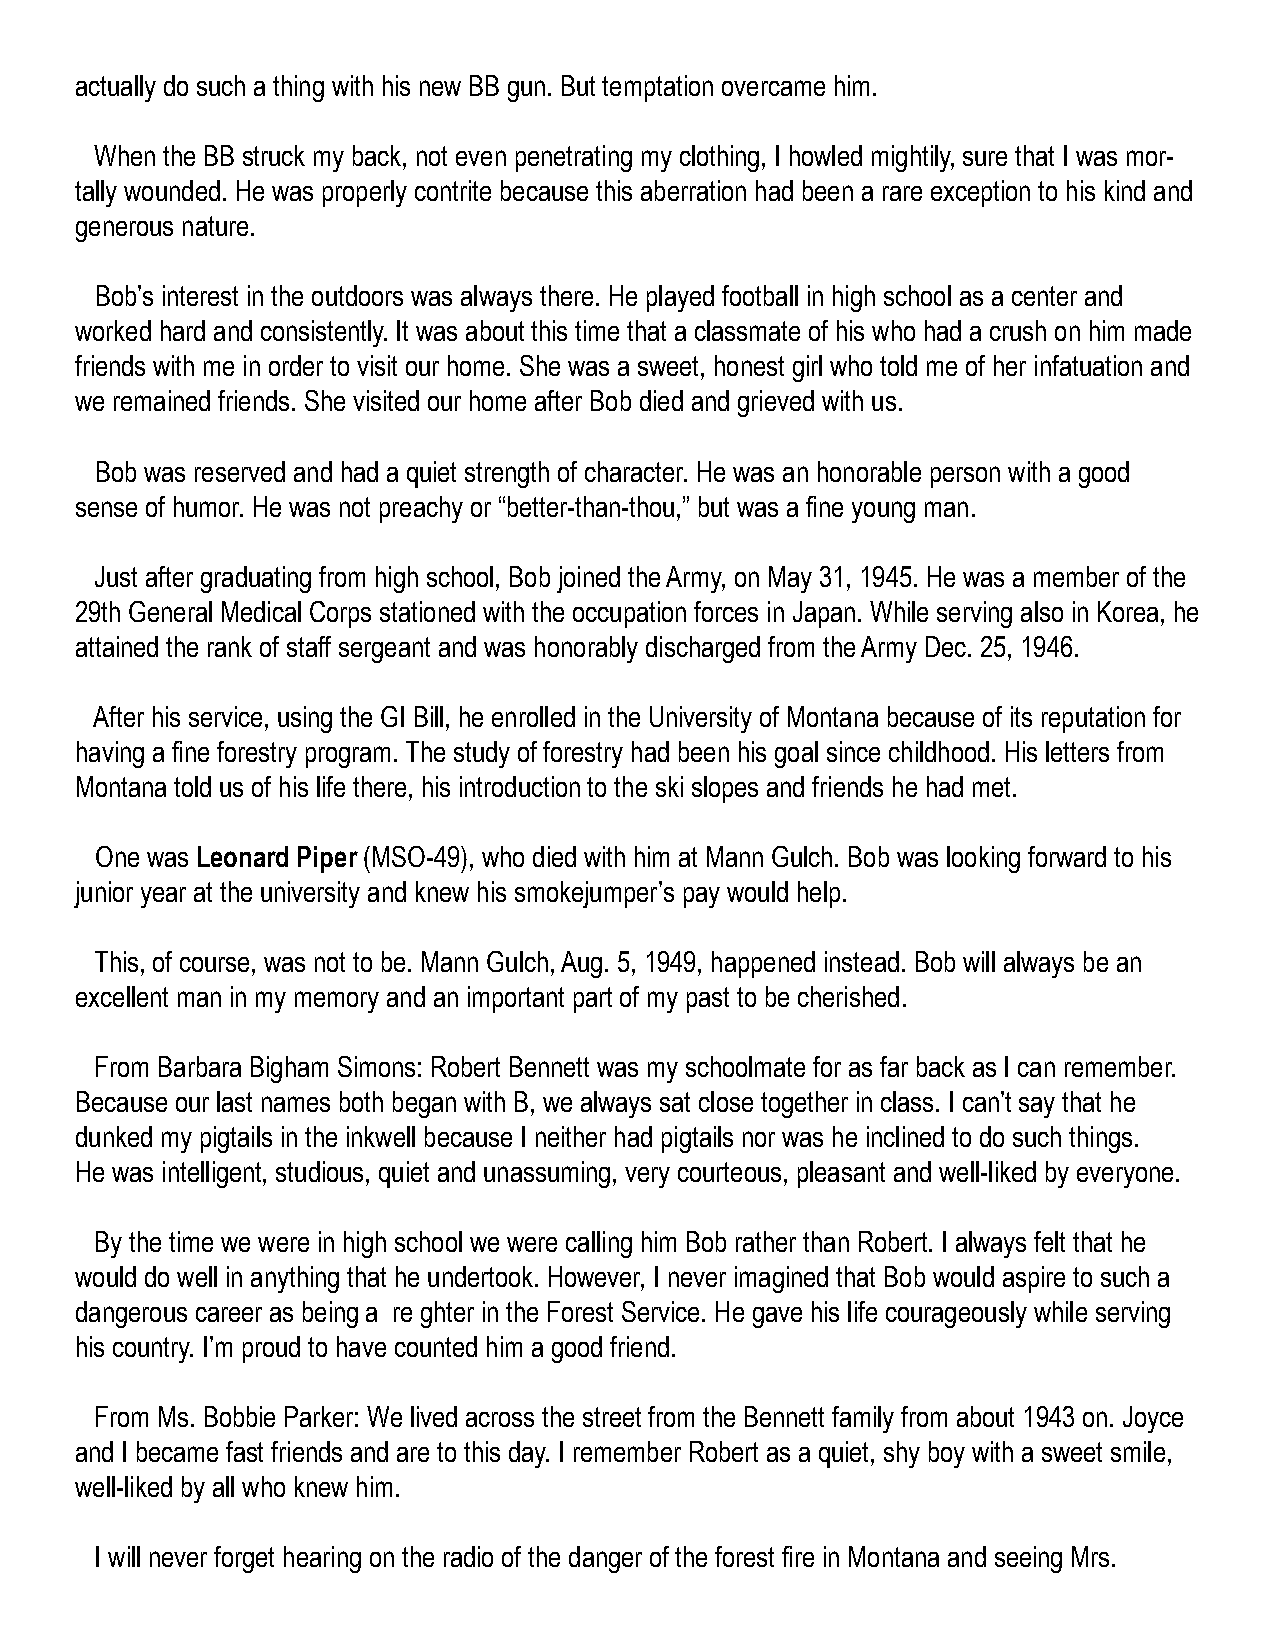
actually do such a thing with his new BB gun. But temptation overcame him.
 When the BB struck my back, not even penetrating my clothing, I howled mightily, sure that I was mor-
 tally wounded. He was properly contrite because this aberration had been a rare exception to his kind and
 generous nature.
 Bob’s interest in the outdoors was always there. He played football in high school as a center and
 worked hard and consistently. It was about this time that a classmate of his who had a crush on him made
 friends with me in order to visit our home. She was a sweet, honest girl who told me of her infatuation and
 we remained friends. She visited our home after Bob died and grieved with us.
 Bob was reserved and had a quiet strength of character. He was an honorable person with a good
 sense of humor. He was not preachy or “better-than-thou,” but was a fine young man.
 Just after graduating from high school, Bob joined the Army, on May 31, 1945. He was a member of the
 29th General Medical Corps stationed with the occupation forces in Japan. While serving also in Korea, he
 attained the rank of staff sergeant and was honorably discharged from the Army Dec. 25, 1946.
 After his service, using the GI Bill, he enrolled in the University of Montana because of its reputation for
 having a fine forestry program. The study of forestry had been his goal since childhood. His letters from
 Montana told us of his life there, his introduction to the ski slopes and friends he had met.
 One was Leonard Piper (MSO-49), who died with him at Mann Gulch. Bob was looking forward to his
 junior year at the university and knew his smokejumper’s pay would help.
 This, of course, was not to be. Mann Gulch, Aug. 5, 1949, happened instead. Bob will always be an
 excellent man in my memory and an important part of my past to be cherished.
 From Barbara Bigham Simons: Robert Bennett was my schoolmate for as far back as I can remember.
 Because our last names both began with B, we always sat close together in class. I can’t say that he
 dunked my pigtails in the inkwell because I neither had pigtails nor was he inclined to do such things.
 He was intelligent, studious, quiet and unassuming, very courteous, pleasant and well-liked by everyone.
 By the time we were in high school we were calling him Bob rather than Robert. I always felt that he
 would do well in anything that he undertook. However, I never imagined that Bob would aspire to such a
 dangerous career as being a re ghter in the Forest Service. He gave his life courageously while serving
 his country. I’m proud to have counted him a good friend.
 From Ms. Bobbie Parker: We lived across the street from the Bennett family from about 1943 on. Joyce
 and I became fast friends and are to this day. I remember Robert as a quiet, shy boy with a sweet smile,
 well-liked by all who knew him.
 I will never forget hearing on the radio of the danger of the forest fire in Montana and seeing Mrs.